Sketch of the medical history of the native army of Bombay, for the year
Year: 1872
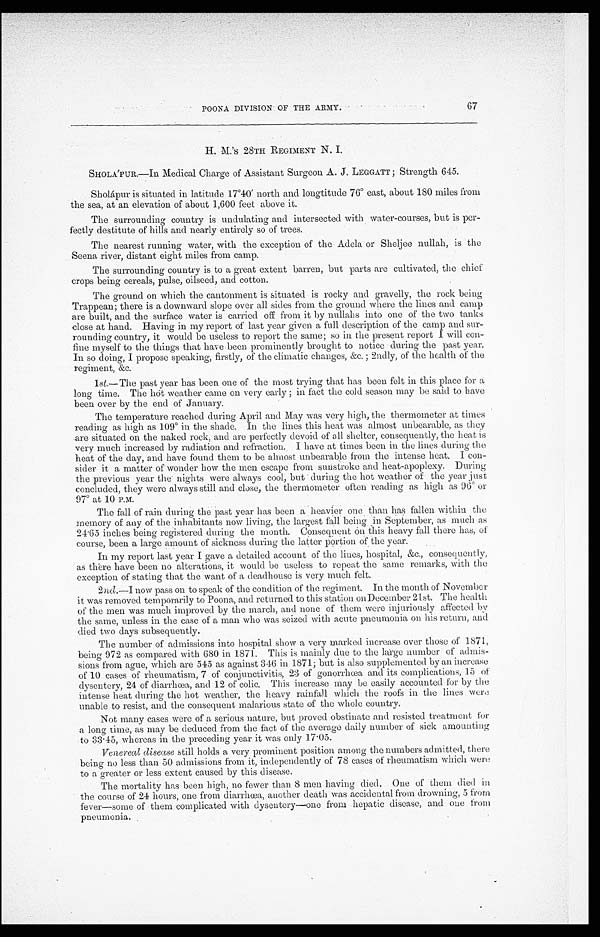
POONA DIVISION OF THE ARMY.
67
H. M. 'S 28TH REGIMENT N. I.
SHOLA'PUR.—In Medical Charge of Assistant Surgeon A. J. LEGGATT; Strength 645.
Sholápur is situated in latitude 17°40' north and longtitude 76° east, about 180 miles from
the sea, at an elevation of about 1,600 feet above it.
The surrounding country is undulating and intersected with water-courses, but is per
-
fectly destitute of hills and nearly entirely so of trees.
The nearest running water, with the exception of the Adela or Sheljee nullah, is the
Seena river, distant eight miles from camp.
The surrounding country is to a great extent barren, but parts are cultivated, the chief
crops being cereals, pulse, oilseed, and cotton.
The ground on which the cantonment is situated is rocky and gravelly, the rock being
Trappean; there is a downward slope over all sides from the ground where the lines and camp
are built, and the surface water is carried off from it by nullahs into one of the two tanks
close at hand. Having in my report of last year given a full description of the camp and sur-
rounding country, it would be useless to report the same; so in the present report I will con-
-
fine myself to the things that have been prominently brought to notice during the past year.
In so doing, I propose speaking, firstly, of the climatic changes, &c.; 2ndly, of the health of the
regiment, &c.
1st.—The past year has been one of the most trying that has been felt in this place for a
long time. The hot weather came on very early; in fact the cold season may be said to have
been over by the end of January.
The temperature reached during April and May was very high, the thermometer at times
reading as high as 109° in the shade. In the lines this heat Was almost unbearable, as they
are situated on the naked rock, and are perfectly devoid of all shelter, consequently, the heat is
very much increased by radiation and refraction. I have at times been in the lines during the
heat of the day, and have found them to be almost unbearable from the intense heat. I con-
-
sider it a matter of wonder how the men escape from sunstroke and heat-apoplexy. During
the previous year the nights were always cool, but during the hot weather of the year just
concluded, they were always still and close, the thermometer often reading as high as 96° or
97° at 10 P.M.
The fall of rain during the past year has been a heavier one than has fallen within the
memory of any of the inhabitants now living, the largest fall being in September, as much as
24.65 inches being registered during the month. Consequent on this heavy fall there has, of
course, been a large amount of sickness during the latter portion of the year.
In my report last year I gave a detailed account of the lines, hospital, &c., consequently,
as there have been no alterations, it would be useless to repeat the same remarks, with the
exceptions of stating that the want of a deadhouse is very much felt.
2nd.—I now pass on to speak of the condition of the regiment. In the month of November
it was removed temporarily to Poona, and returned to this station on December 21st. The health
of the men was much improved by the march, and none of them were injuriously affected by
the same, unless in the case of a man who was seized with acute pneumonia on his return, and
died two days subsequently.
The number of admissions into hospital. show a very marked increase over those of 1871,
being 972 as compared with 680 in 1871. This is mainly due to the large number of admis-
sions from ague, which are 545 as against 346 in 1871; but is also supplemented by an increase
of 10 cases of rheumatism, 7 of conjunctivitis, 2:3 of gonorrhea and its complications, 15 at
dysentery, 24 of diarrhœa, and 12 of colic. This increase may be easily accounted for by the
intense heat during the hot weather, the heavy rainfall which the roofs in the lines were
unable to resist, and the consequent malarious state of the whole country.
Not many cases were of a serious nature, but proved obstinate and resisted treatment for
a long time, as may be deduced from the fact of the average daily number of sick amounting
to 33 . 45, whereas in the preceding year it was only 17.05.
Venereal disease still holds a very prominent position among the numbers admitted, there
being no less than 50 admissions from it, independently of 78 cases of rheumatism which were
to a greater or less extent caused by this disease.
The mortality has been high, no fewer than 8 men having died. One of them died in
the course of 24 hours, one from diarrhœa, another death was accidental from drowning, 5 from
fever—some of them complicated with dysentery—one from hepatic disease, and one from
pneumonia.